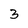
Character: 3